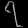
Digit: ၇